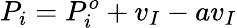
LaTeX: P_{i}=P_{i}^{o}+v_{I}-av_{I}